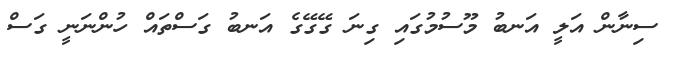
ސިނާން އަލީ އަނބު މޫސުމުގައި ގިނަ ގޭގޭގެ އަނބު ގަސްތައް ހުންނަނީ ގަސް